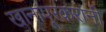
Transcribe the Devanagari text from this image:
खानापूरकरांनी